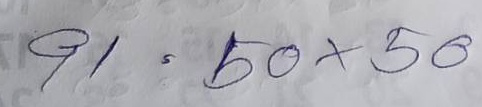
91 = 50x50